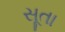
સૂતા